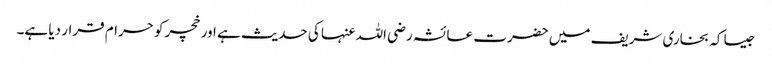
جیسا کہ بخاری شریف میں حضرت عائشہ رضی اللہ عنہا کی حدیث ہے اور خچر کو حرام قرار دیا ہے۔